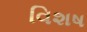
વિશષ